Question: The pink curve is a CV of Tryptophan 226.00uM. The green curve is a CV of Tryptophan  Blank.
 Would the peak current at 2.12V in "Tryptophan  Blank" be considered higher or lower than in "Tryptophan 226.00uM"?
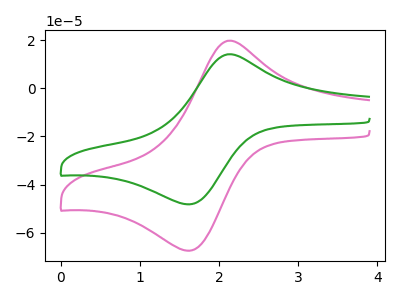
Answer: <think>The pink curve "Tryptophan 226.00uM" has an anodic peak at (2.10V, 19.70uA) and a cathodic peak at (1.60V, -67.45uA). The green curve "Tryptophan  Blank" has an anodic peak at (2.10V, 14.05uA) and a cathodic peak at (1.60V, -48.20uA).</think>
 <answer>The peak at 2.12V is lower in "Tryptophan  Blank" than in "Tryptophan 226.00uM".</answer>
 <eval>lower</eval>